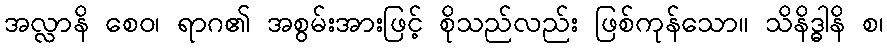
အလ္လာနိ စေဝ၊ ရာဂ၏ အစွမ်းအားဖြင့် စိုသည်လည်း ဖြစ်ကုန်သော။ သိနိဒ္ဓါနိ စ၊